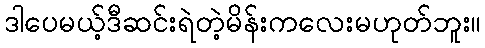
ဒါပေမယ့်ဒီဆင်းရဲတဲ့မိန်းကလေးမဟုတ်ဘူး။